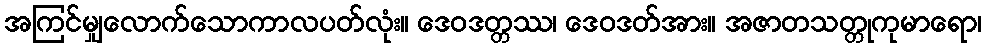
အကြင်မျှလောက်သောကာလပတ်လုံး။ ဒေဝဒတ္တဿ၊ ဒေဝဒတ်အား။ အဇာတသတ္တုကုမာရော၊